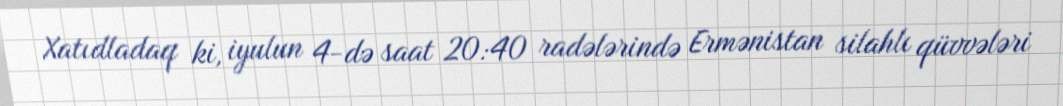
Xatıdladaq ki, iyulun 4-də saat 20:40 radələrində Ermənistan silahlı qüvvələri